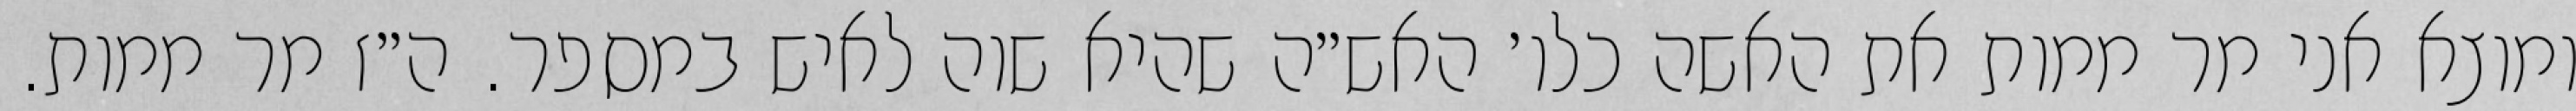
ומוצא אני מר ממות את האשה כלו׳ האש״ה שהיא שוה לאיש במספר. ה״ז מר ממות.